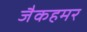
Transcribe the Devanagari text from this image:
जैकहमर